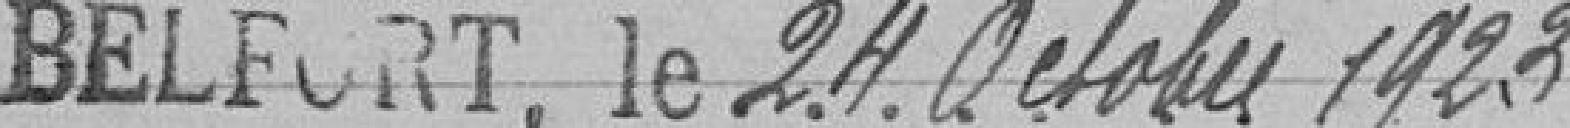
BELFORT, le 24 octobre 1923